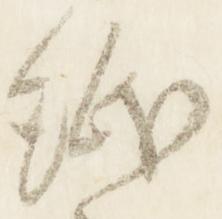
紙